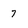
Character: 7